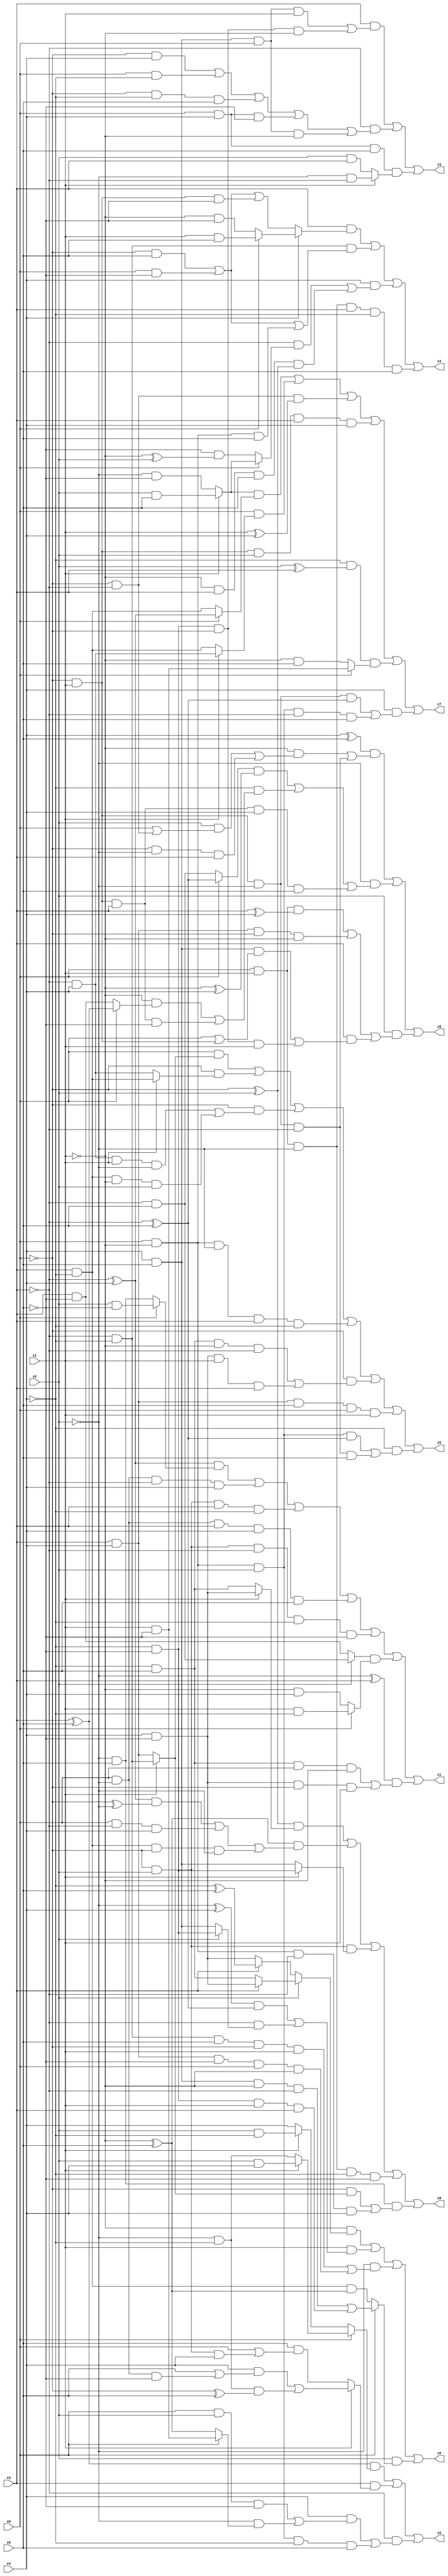
// Benchmark "X_23" written by ABC on Tue Jun 06 22:23:13 2023

module X_23 ( 
    x0, x1, x2, x3, x4, x5,
    z0, z1, z2, z3, z4, z5, z6, z7, z8  );
  input  x0, x1, x2, x3, x4, x5;
  output z0, z1, z2, z3, z4, z5, z6, z7, z8;
  assign z0 = (~x1 & (x2 ? (x3 ? (x4 & ~x5) : (~x4 & x5)) : (x3 ? (~x4 ^ x5) : (x4 & ~x5)))) | (x1 & (((~x2 ^ x4) & (~x3 ^ x5)) | (~x3 & (x2 ? (~x4 & ~x5) : (x4 & x5))))) | (~x2 & ((~x3 & ~x4 & x5 & ~x0 & x1) | (x3 & x4 & ~x5 & x0 & ~x1))) | (x2 & (x0 ? ((x4 & x5 & ~x1 & ~x3) | (~x4 & ~x5 & x1 & x3)) : (x3 & ~x4 & (~x1 ^ x5))));
  assign z1 = ((~x3 ^ x4) & (x0 ? (x2 & ~x5) : (~x2 & x5))) | (x0 & ~x2 & ~x3 & x4) | (~x0 & x2 & x3 & ~x4) | (x0 & ~x2 & x3 & x4 & x5) | (~x0 & x2 & ~x3 & ~x4 & ~x5) | ((x2 ? (~x3 & x5) : (x3 & ~x5)) & (x0 ? (x1 & ~x4) : (~x1 & x4))) | ((~x2 ^ x3) & ((~x4 & x5 & x0 & ~x1) | (x4 & ~x5 & ~x0 & x1)));
  assign z2 = ((x3 ^ x5) & (x0 ? (x1 ? (x2 & x4) : (~x2 & ~x4)) : (x1 ? (x2 & ~x4) : x4))) | (x3 & (x1 ? ((x4 & (x5 | (x0 & ~x2 & ~x5))) | (~x2 & ~x4 & (~x0 ^ x5))) : (x5 & (x0 | (~x0 & x2 & x4))))) | (~x3 & ((x4 & ((x0 & x2 & ~x5) | (~x2 & (x0 ? (x1 & ~x5) : (~x1 ^ x5))))) | (x0 & ~x1 & x2 & ~x4 & x5)));
  assign z3 = (x3 & ((x4 & x5 & x0 & x1) | (~x4 & ~x5 & ~x0 & ~x1))) | (~x3 & ((~x0 & x4) | (x0 & ~x4) | (~x0 & ~x4 & x5) | (x0 & x4 & ~x5) | (x4 & x5 & x0 & ~x1))) | (x0 & x4 & x5 & (x1 ? (~x2 & ~x3) : (x2 & x3)));
  assign z4 = (x3 & (x4 ? (x0 ? (x1 & x5) : (~x1 & ~x5)) : ((~x0 & x5) | (x0 & ~x5) | (~x0 & x1 & ~x5)))) | (~x3 & ~x4 & ((~x0 & x5) | (x0 & ~x5) | (x0 & ~x1 & x5))) | (x4 & ((~x3 & (x0 ? (x1 ? (x2 & x5) : (~x2 & ~x5)) : (~x5 & (~x1 ^ x2)))) | (~x1 & x3 & x5 & (~x0 ^ x2)))) | (x0 & x1 & ~x2 & x3 & ~x4 & x5);
  assign z5 = (x0 & (x1 ? (~x3 & ~x4) : (x3 & x4))) | (~x0 & (x1 ? (x3 & ~x4) : (~x3 & x4))) | (~x0 & ((~x3 & x4 & x1 & ~x2) | (x3 & ~x4 & ~x1 & x2))) | (x0 & ~x1 & ~x2 & x3 & ~x4) | (~x0 & ((~x4 & x5 & ~x1 & ~x3) | (x4 & ~x5 & x1 & x3))) | (x3 & x4 & x5 & x0 & x1) | (~x4 & ((x0 & ~x1 & x2 & (~x3 ^ x5)) | (~x0 & x1 & ~x2 & ~x3 & x5)));
  assign z6 = ((x4 ^ x5) & ((~x1 & ((x2 & (x0 | (~x0 & ~x3))) | (~x0 & ~x2 & x3))) | (~x0 & x1 & ~x2 & ~x3))) | (~x2 & (((x0 ? (~x3 ^ x5) : (~x3 & x5)) & (~x1 ^ x4)) | (~x4 & ((~x1 & (x0 ? (x3 ^ x5) : (x3 & ~x5))) | (~x0 & x1 & x3 & ~x5))) | (~x0 & x1 & x3 & x4 & x5))) | (x2 & ((x0 & x1 & (x3 ^ x4)) | (x3 & x4 & ~x0 & ~x1) | (x3 & ((x4 & x5 & (x0 | (~x0 & x1))) | (~x4 & ~x5 & ~x0 & x1)))));
  assign z7 = ((x1 ? (x2 & x5) : (~x2 & ~x5)) & (x0 ? (~x3 ^ x4) : (x3 & ~x4))) | (x0 & (x1 ? (~x3 & x4) : (x3 & ~x4))) | (~x0 & ~x3 & (x1 ^ x4)) | (~x0 & x1 & x2 & x3 & x4) | (~x4 & (x2 ^ x3) & (x0 ? (x1 & ~x5) : (~x1 & x5))) | (x4 & ((~x0 & x1 & ~x2 & (~x3 ^ x5)) | (x0 & ~x1 & x2 & ~x3 & x5)));
  assign z8 = ((~x0 ^ x2) & (x1 ? (x4 & ~x5) : (~x4 & x5))) | ((~x1 ^ x5) & (((~x3 ^ x4) & (~x0 ^ ~x2)) | (x0 & ~x3 & x4) | (x3 & ~x4 & ~x0 & ~x2))) | (~x0 & x2 & (x1 ? (~x4 & ~x5) : (x4 & x5))) | (x0 & x1 & ~x2 & ~x4 & ~x5) | (~x2 & x5 & ((~x0 & (x1 ? (~x3 & ~x4) : (x3 & x4))) | (x0 & ~x1 & ~x3 & x4)));
endmodule